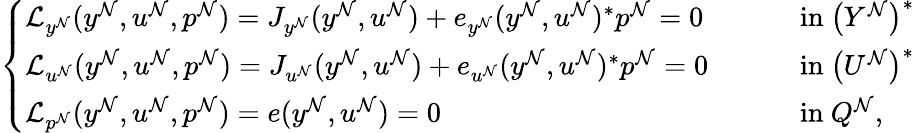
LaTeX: \begin{array}{r}{\left\{ \begin{array}{ll}{\mathcal{L}_{y^{\mathcal{N}}}(y^{\mathcal{N}},u^{\mathcal{N}},p^{\mathcal{N}})=J_{y^{\mathcal{N}}}(y^{\mathcal{N}},u^{\mathcal{N}})+e_{y^{\mathcal{N}}}(y^{\mathcal{N}},u^{\mathcal{N}})^{*}p^{\mathcal{N}}=0}&{\quad\quad\mathrm{~in~}\big(Y^{\mathcal{N}}\big)^{*}}\\ {\mathcal{L}_{u^{\mathcal{N}}}(y^{\mathcal{N}},u^{\mathcal{N}},p^{\mathcal{N}})=J_{u^{\mathcal{N}}}(y^{\mathcal{N}},u^{\mathcal{N}})+e_{u^{\mathcal{N}}}(y^{\mathcal{N}},u^{\mathcal{N}})^{*}p^{\mathcal{N}}=0}&{\quad\quad\mathrm{~in~}\big(U^{\mathcal{N}}\big)^{*}}\\ {\mathcal{L}_{p^{\mathcal{N}}}(y^{\mathcal{N}},u^{\mathcal{N}},p^{\mathcal{N}})=e(y^{\mathcal{N}},u^{\mathcal{N}})=0}&{\quad\quad\mathrm{~in~}Q^{\mathcal{N}},}\end{array}\right.}\end{array}